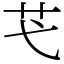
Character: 芅